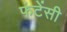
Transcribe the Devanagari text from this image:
फंटेंसी